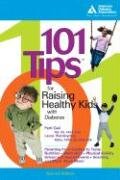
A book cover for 101 Tips for Raising Healthy Kids with Diabetes; Patti B. Geil; Health, Fitness & Dieting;